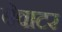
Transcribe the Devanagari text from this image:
बेवाटर